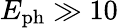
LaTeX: {E_{\mathrm{ph}}}\gg 10